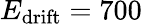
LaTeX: E_{\mathrm{drift}}=700